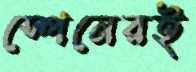
স্পেনেরই